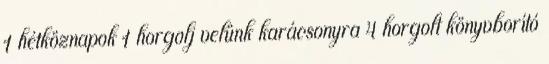
1 hétköznapok 1 horgolj velünk karácsonyra 4 horgolt könyvborító